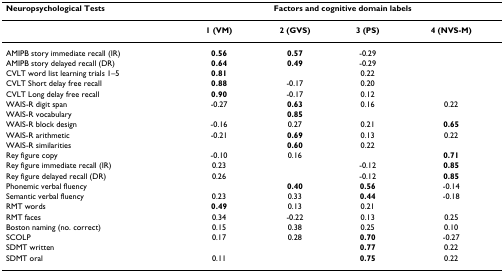
| Neuropsychological Tests | <COLSPAN=4> Factors and cognitive domain labels |
 | --- | --- | --- | --- | --- |
 |  | 1 (VM) | 2 (GVS) | 3 (PS) | 4 (NVS-M) |
 | AMIPB story immediate recall (IR) | 0.56 | 0.57 | -0.29 |  |
 | AMIPB story delayed recall (DR) | 0.64 | 0.49 | -0.29 |  |
 | CVLT word list learning trials 1–5 | 0.81 |  | 0.22 |  |
 | CVLT Short delay free recall | 0.88 | -0.17 | 0.20 |  |
 | CVLT Long delay free recall | 0.90 | -0.17 | 0.12 |  |
 | WAIS-R digit span | -0.27 | 0.63 | 0.16 | 0.22 |
 | WAIS-R vocabulary |  | 0.85 |  |  |
 | WAIS-R block design | -0.16 | 0.27 | 0.21 | 0.65 |
 | WAIS-R arithmetic | -0.21 | 0.69 | 0.13 | 0.22 |
 | WAIS-R similarities |  | 0.60 | 0.22 |  |
 | Rey figure copy | -0.10 | 0.16 |  | 0.71 |
 | Rey figure immediate recall (IR) | 0.23 |  | -0.12 | 0.85 |
 | Rey figure delayed recall (DR) | 0.26 |  | -0.12 | 0.85 |
 | Phonemic verbal fluency |  | 0.40 | 0.56 | -0.14 |
 | Semantic verbal fluency | 0.23 | 0.33 | 0.44 | -0.18 |
 | RMT words | 0.49 | 0.13 | 0.21 |  |
 | RMT faces | 0.34 | -0.22 | 0.13 | 0.25 |
 | Boston naming (no. correct) | 0.15 | 0.38 | 0.25 | 0.10 |
 | SCOLP | 0.17 | 0.28 | 0.70 | -0.27 |
 | SDMT written |  |  | 0.77 | 0.22 |
 | SDMT oral | 0.11 |  | 0.75 | 0.22 |